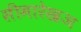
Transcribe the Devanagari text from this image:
सीमारेखअ